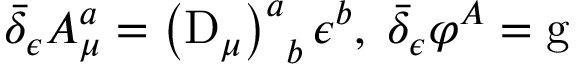
\bar { \delta } _ { \epsilon } A _ { \mu } ^ { a } = \left( \mathrm { D } _ { \mu } \right) _ { \; \; b } ^ { a } \epsilon ^ { b } , \; \bar { \delta } _ { \epsilon } \varphi ^ { A } = \mathrm { g }